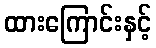
ထားကြောင်းနှင့်